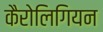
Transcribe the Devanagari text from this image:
कैरोलिगियन